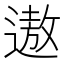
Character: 遨